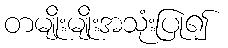
တမျိုးမျိုးအသုံးပြု၍